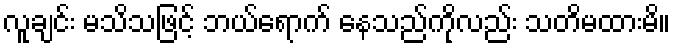
လူချင်း မသိသဖြင့် ဘယ်ရောက် နေသည်ကိုလည်း သတိမထားမိ။